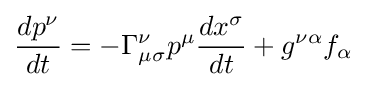
{\frac {dp^{\nu }}{dt}}=-\Gamma _{\mu \sigma }^{\nu }p^{\mu }{\frac {dx^{\sigma }}{dt}}+g^{\nu \alpha }f_{\alpha }